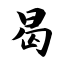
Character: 曷